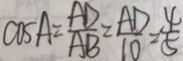
\cos A = \frac { A D } { A B } = \frac { A D } { 1 0 } = \frac { 4 } { 5 }